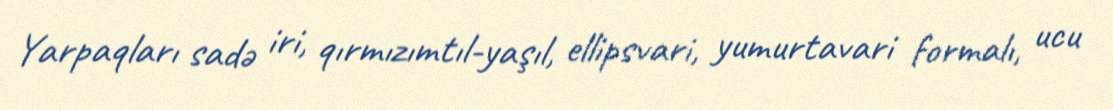
Yarpaqları sadə iri, qırmızımtıl-yaşıl, ellipsvari, yumurtavari formalı, ucu